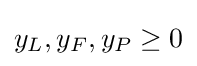
y_{L},y_{F},y_{P}\geq 0